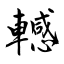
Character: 轗